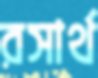
রসার্থ